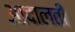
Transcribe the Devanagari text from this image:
आदालती